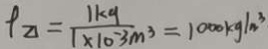
\rho _ { \Delta } = \frac { 1 k g } { 1 \times 1 0 ^ { - 3 } m ^ { 3 } } = 1 0 0 0 k g / m ^ { 3 }